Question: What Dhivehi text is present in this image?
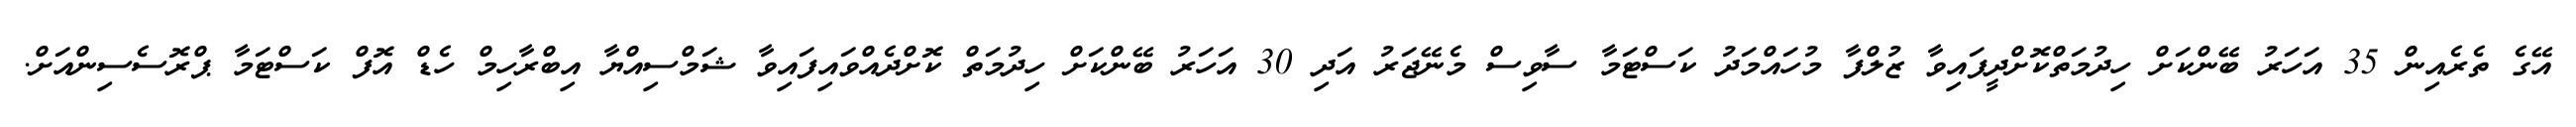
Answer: އޭގެ ތެރެއިން 35 އަހަރު ބޭންކަށް ހިދުމަތްކޮށްދީފައިވާ ޒުލްފާ މުހައްމަދު ކަސްޓަމާ ސާވިސް މެނޭޖަރު އަދި 30 އަހަރު ބޭންކަށް ހިދުމަތް ކޮށްދެއްވައިފައިވާ ޝަމްސިއްޔާ އިބްރާހިމް ހެޑް އޮފް ކަސްޓަމާ ޕްރޮސެސިންއަށް.